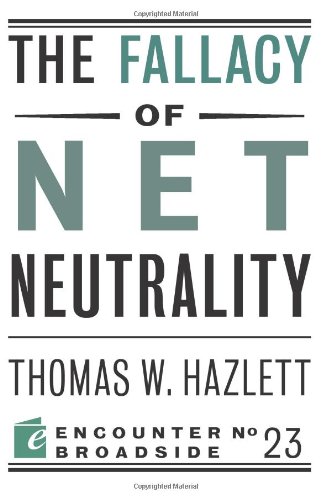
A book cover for The Fallacy of Net Neutrality (Encounter Broadsides); Thomas W Hazlett; Computers & Technology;